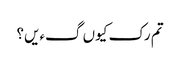
تم رک کیوں گءیں؟